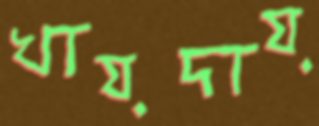
খায়দায়